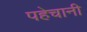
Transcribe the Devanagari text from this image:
पहेचानी